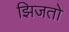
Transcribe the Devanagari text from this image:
झिजतो